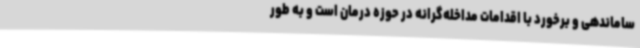
ساماندهی و برخورد با اقدامات مداخله‌گرانه در حوزه درمان است و به طور